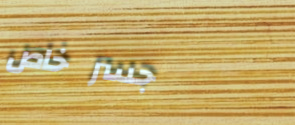
جسر خاص